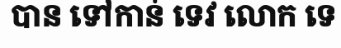
បាន ទៅកាន់ ទេវ លោក ទេ